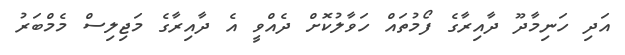
އަދި ހަނިމާދޫ ދާއިރާގެ ފޯމުތައް ހަވާލުކޮށް ދެއްވީ އެ ދާއިރާގެ މަޖިލިސް މެމްބަރު